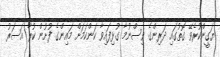
ޔަގީންކުރެވޭ ގޮތުގައި ދަރިންގެ ވިސްނުމާ ގުޅިފައިވާ ކަންކަމަށް މައިންގެ ފުށުން ކުރާ އަސަރު